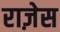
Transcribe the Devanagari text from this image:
राज़ेस